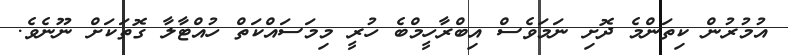
އުމުރުން ކިތަންމެ ދޮށި ނަަމަވެސް އިބްރާހީމްބެ ހުރީ މިމަސައްކަތް ހުއްޓާލާ ގޮތަކަށް ނޫނެެވެ.